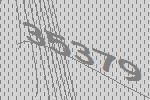
35379